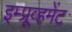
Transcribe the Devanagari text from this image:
इम्प्रूव्हमेंट